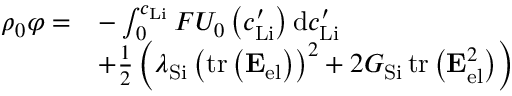
\begin{array} { r l } { \rho _ { 0 } \varphi = } & { - \int _ { 0 } ^ { c _ { \mathrm { L i } } } F U _ { 0 } \left( c _ { \mathrm { L i } } ^ { \prime } \right) \mathrm { d } c _ { \mathrm { L i } } ^ { \prime } } \\ & { + \frac { 1 } { 2 } \left( \lambda _ { \mathrm { S i } } \left( \operatorname { t r } \left( \mathbf { E } _ { \mathrm { e l } } \right) \right) ^ { 2 } + 2 G _ { \mathrm { S i } } \operatorname { t r } \left( \mathbf { E } _ { \mathrm { e l } } ^ { 2 } \right) \right) } \end{array}